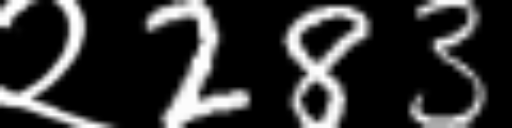
Text: २283